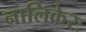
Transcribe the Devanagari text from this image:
नालिकेरः